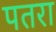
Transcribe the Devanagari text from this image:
पतरा